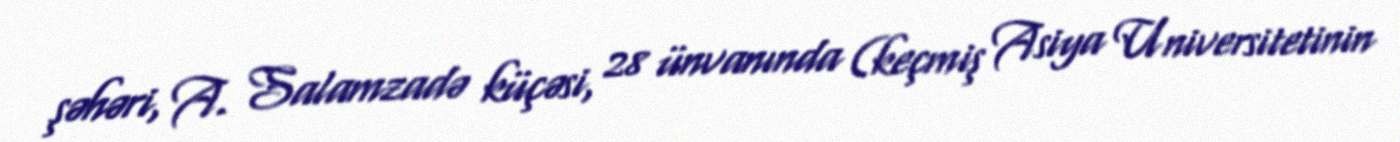
şəhəri, A. Salamzadə küçəsi, 28 ünvanında (keçmiş Asiya Universitetinin